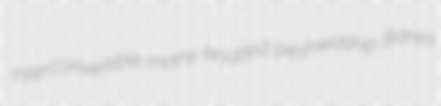
interconvertible many-knotted peshwaship Barea